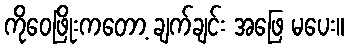
ကိုဝေဖြိုးကတော့ ချက်ချင်း အဖြေ မပေး။